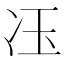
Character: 鿑